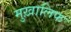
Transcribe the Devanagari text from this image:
मुख़ालिफ